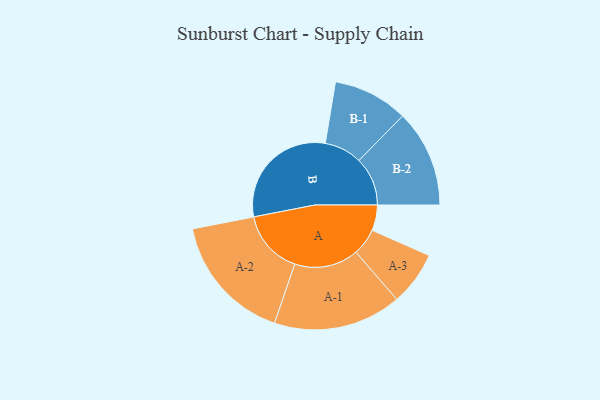
{"axis": {"x": "Segment", "y": "Value"}, "legend": ["", "A", "B"], "data": [{"x": "A", "y": 106, "type": ""}, {"x": "B", "y": 491, "type": ""}, {"x": "A-1", "y": 266, "type": "A"}, {"x": "A-2", "y": 267, "type": "A"}, {"x": "A-3", "y": 112, "type": "A"}, {"x": "B-1", "y": 156, "type": "B"}, {"x": "B-2", "y": 202, "type": "B"}]}